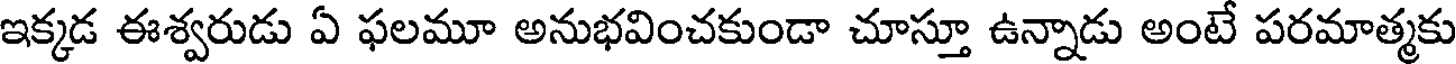
ఇక్కడ ఈశ్వరుడు ఏ ఫలమూ అనుభవించకుండా చూస్తూ ఉన్నాడు అంటే పరమాత్మకు